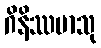
ဂိနိဿမာသု